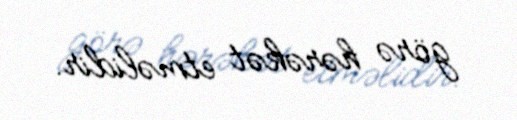
görə hərəkət etməlidir.